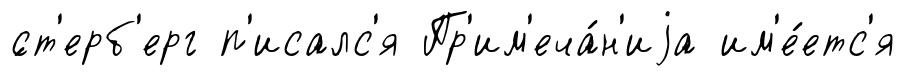
́ст'ерб'ерг п'исалс'я Пр'им'еча́н'иjа им'е́етс'я